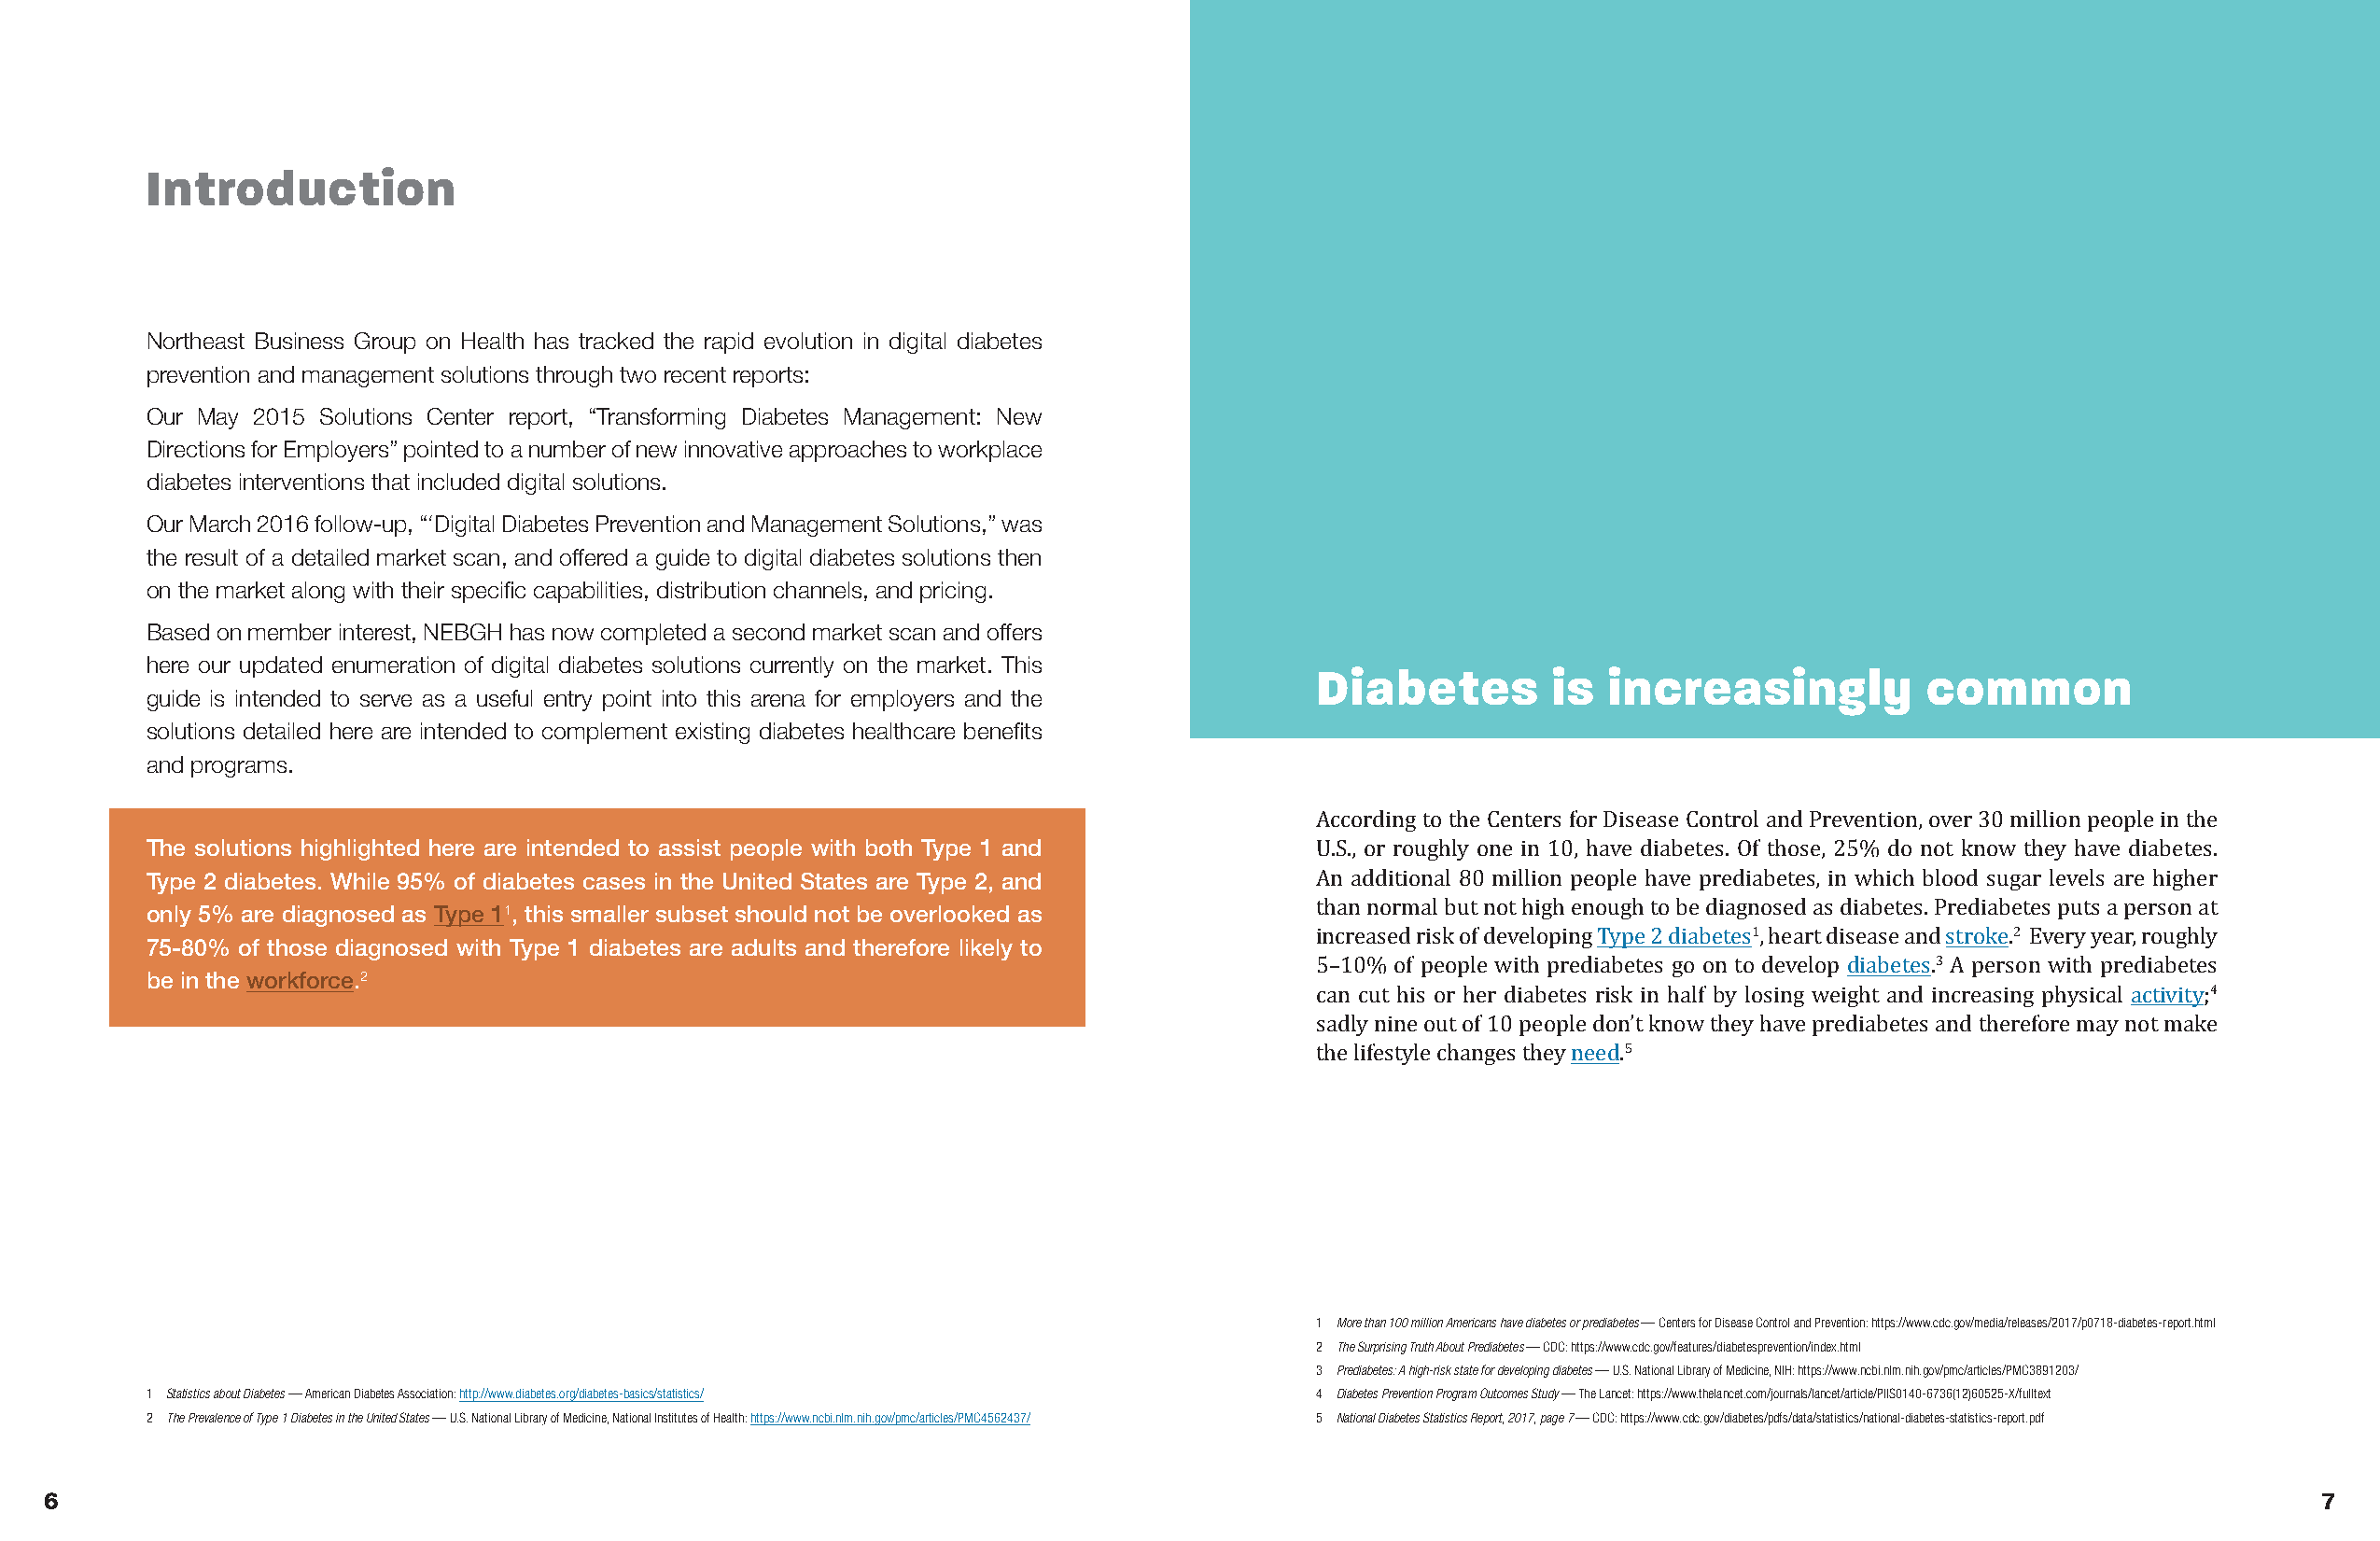
Introduction
 Northeast Business Group on Health has tracked the rapid evolution in digital diabetes
 prevention and management solutions through two recent reports:
 Our May 2015 Solutions Center report, “Transforming Diabetes Management: New
 Directions for Employers” pointed to a number of new innovative approaches to workplace
 diabetes interventions that included digital solutions.
 Our March 2016 follow-up, “‘Digital Diabetes Prevention and Management Solutions,” was
 the result of a detailed market scan, and offered a guide to digital diabetes solutions then
 on the market along with their specific capabilities, distribution channels, and pricing.
 Based on member interest, NEBGH has now completed a second market scan and offers
 here our updated enumeration of digital diabetes solutions currently on the market. This
 Diabetes         is  increasingly           common
 guide is intended to serve as a useful entry point into this arena for employers and the
 solutions detailed here are intended to complement existing diabetes healthcare benefits
 and programs.
 The solutions highlighted here are intended to assist people with both Type 1 and
 According to the Centers for Disease Control and Prevention, over 30 million people in the
 Type 2 diabetes. While 95% of diabetes cases in the United States are Type 2, and
 U.S., or roughly one in 10, have diabetes. Of those, 25% do not know they have diabetes.
 only 5% are diagnosed as Type 11, this smaller subset should not be overlooked as
 An additional 80 million people have prediabetes, in which blood sugar levels are higher
 75-80% of those diagnosed with Type 1 diabetes are adults and therefore likely to
 than normal but not high enough to be diagnosed as diabetes. Prediabetes puts a person at
 1                  2
 be in the workforce.2
 increased risk of developing Type 2 diabetes , heart disease and stroke. Every year, roughly
 3
 5–10% of people with prediabetes go on to develop diabetes. A person with prediabetes
 4
 can cut his or her diabetes risk in half by losing weight and increasing physical activity;
 sadly nine out of 10 people don’t know they have prediabetes and therefore may not make
 5
 the lifestyle changes they need.
 1 More than 100 million Americans have diabetes or prediabetes — Centers for Disease Control and Prevention: https://www.cdc.gov/media/releases/2017/p0718-diabetes-report.html
 2 The Surprising Truth About Prediabetes — CDC: https://www.cdc.gov/features/diabetesprevention/index.html
 3 Prediabetes: A high-risk state for developing diabetes — U.S. National Library of Medicine, NIH: https://www.ncbi.nlm.nih.gov/pmc/articles/PMC3891203/
 1 Statistics about Diabetes — American Diabetes Association: http://www.diabetes.org/diabetes-basics/statistics/ 4 Diabetes Prevention Program Outcomes Study — The Lancet: https://www.thelancet.com/journals/lancet/article/PIIS0140-6736(12)60525-X/fulltext
 2 The Prevalence of Type 1 Diabetes in the United States — U.S. National Library of Medicine, National Institutes of Health:https://www.ncbi.nlm.nih.gov/pmc/articles/PMC4562437/ 5 National Diabetes Statistics Report, 2017, page 7 — CDC: https://www.cdc.gov/diabetes/pdfs/data/statistics/national-diabetes-statistics-report.pdf
 6                                                                                                                                                                 7